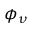
\phi _ { \nu }